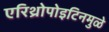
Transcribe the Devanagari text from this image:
एरिथ्रोपोइटिनमुळे